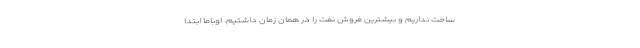
ساخت نداریم و بیشترین فروش نفت را در همان زمان داشتیم. اوباما ابتدا